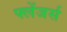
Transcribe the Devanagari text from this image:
फ्लेंजर्स